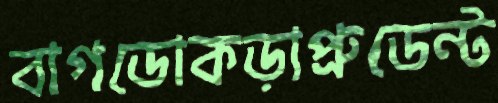
বাগডোকড়াপ্রুডেন্ট